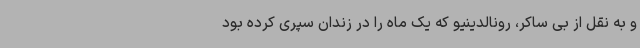
و به نقل از بی ساکر، رونالدینیو که یک ماه را در زندان سپری کرده بود